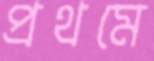
প্রথমে